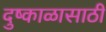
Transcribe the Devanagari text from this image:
दुष्काळासाठी